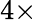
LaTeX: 4\times